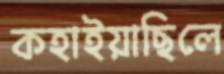
কহাইয়াছিলে